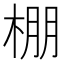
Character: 棚